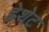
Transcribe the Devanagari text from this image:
हेशेट